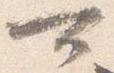
可